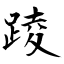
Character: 踜